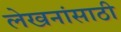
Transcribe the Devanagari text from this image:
लेखनांसाठी